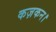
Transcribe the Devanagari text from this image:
कज़कन।